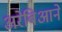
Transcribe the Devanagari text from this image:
अरेबिआने